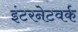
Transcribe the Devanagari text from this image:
इंटरनेटवर्क